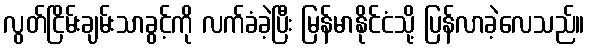
လွတ်ငြိမ်းချမ်းသာခွင့်ကို လက်ခံခဲ့ပြီး မြန်မာနိုင်ငံသို့ ပြန်လာခဲ့လေသည်။